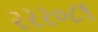
રરર૦૮૧